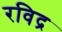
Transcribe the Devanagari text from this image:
रविद्र